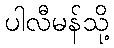
ပါလီမန်သို့